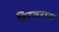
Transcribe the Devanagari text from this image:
विरजराज